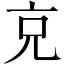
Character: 𠑽